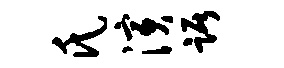
氏演踞